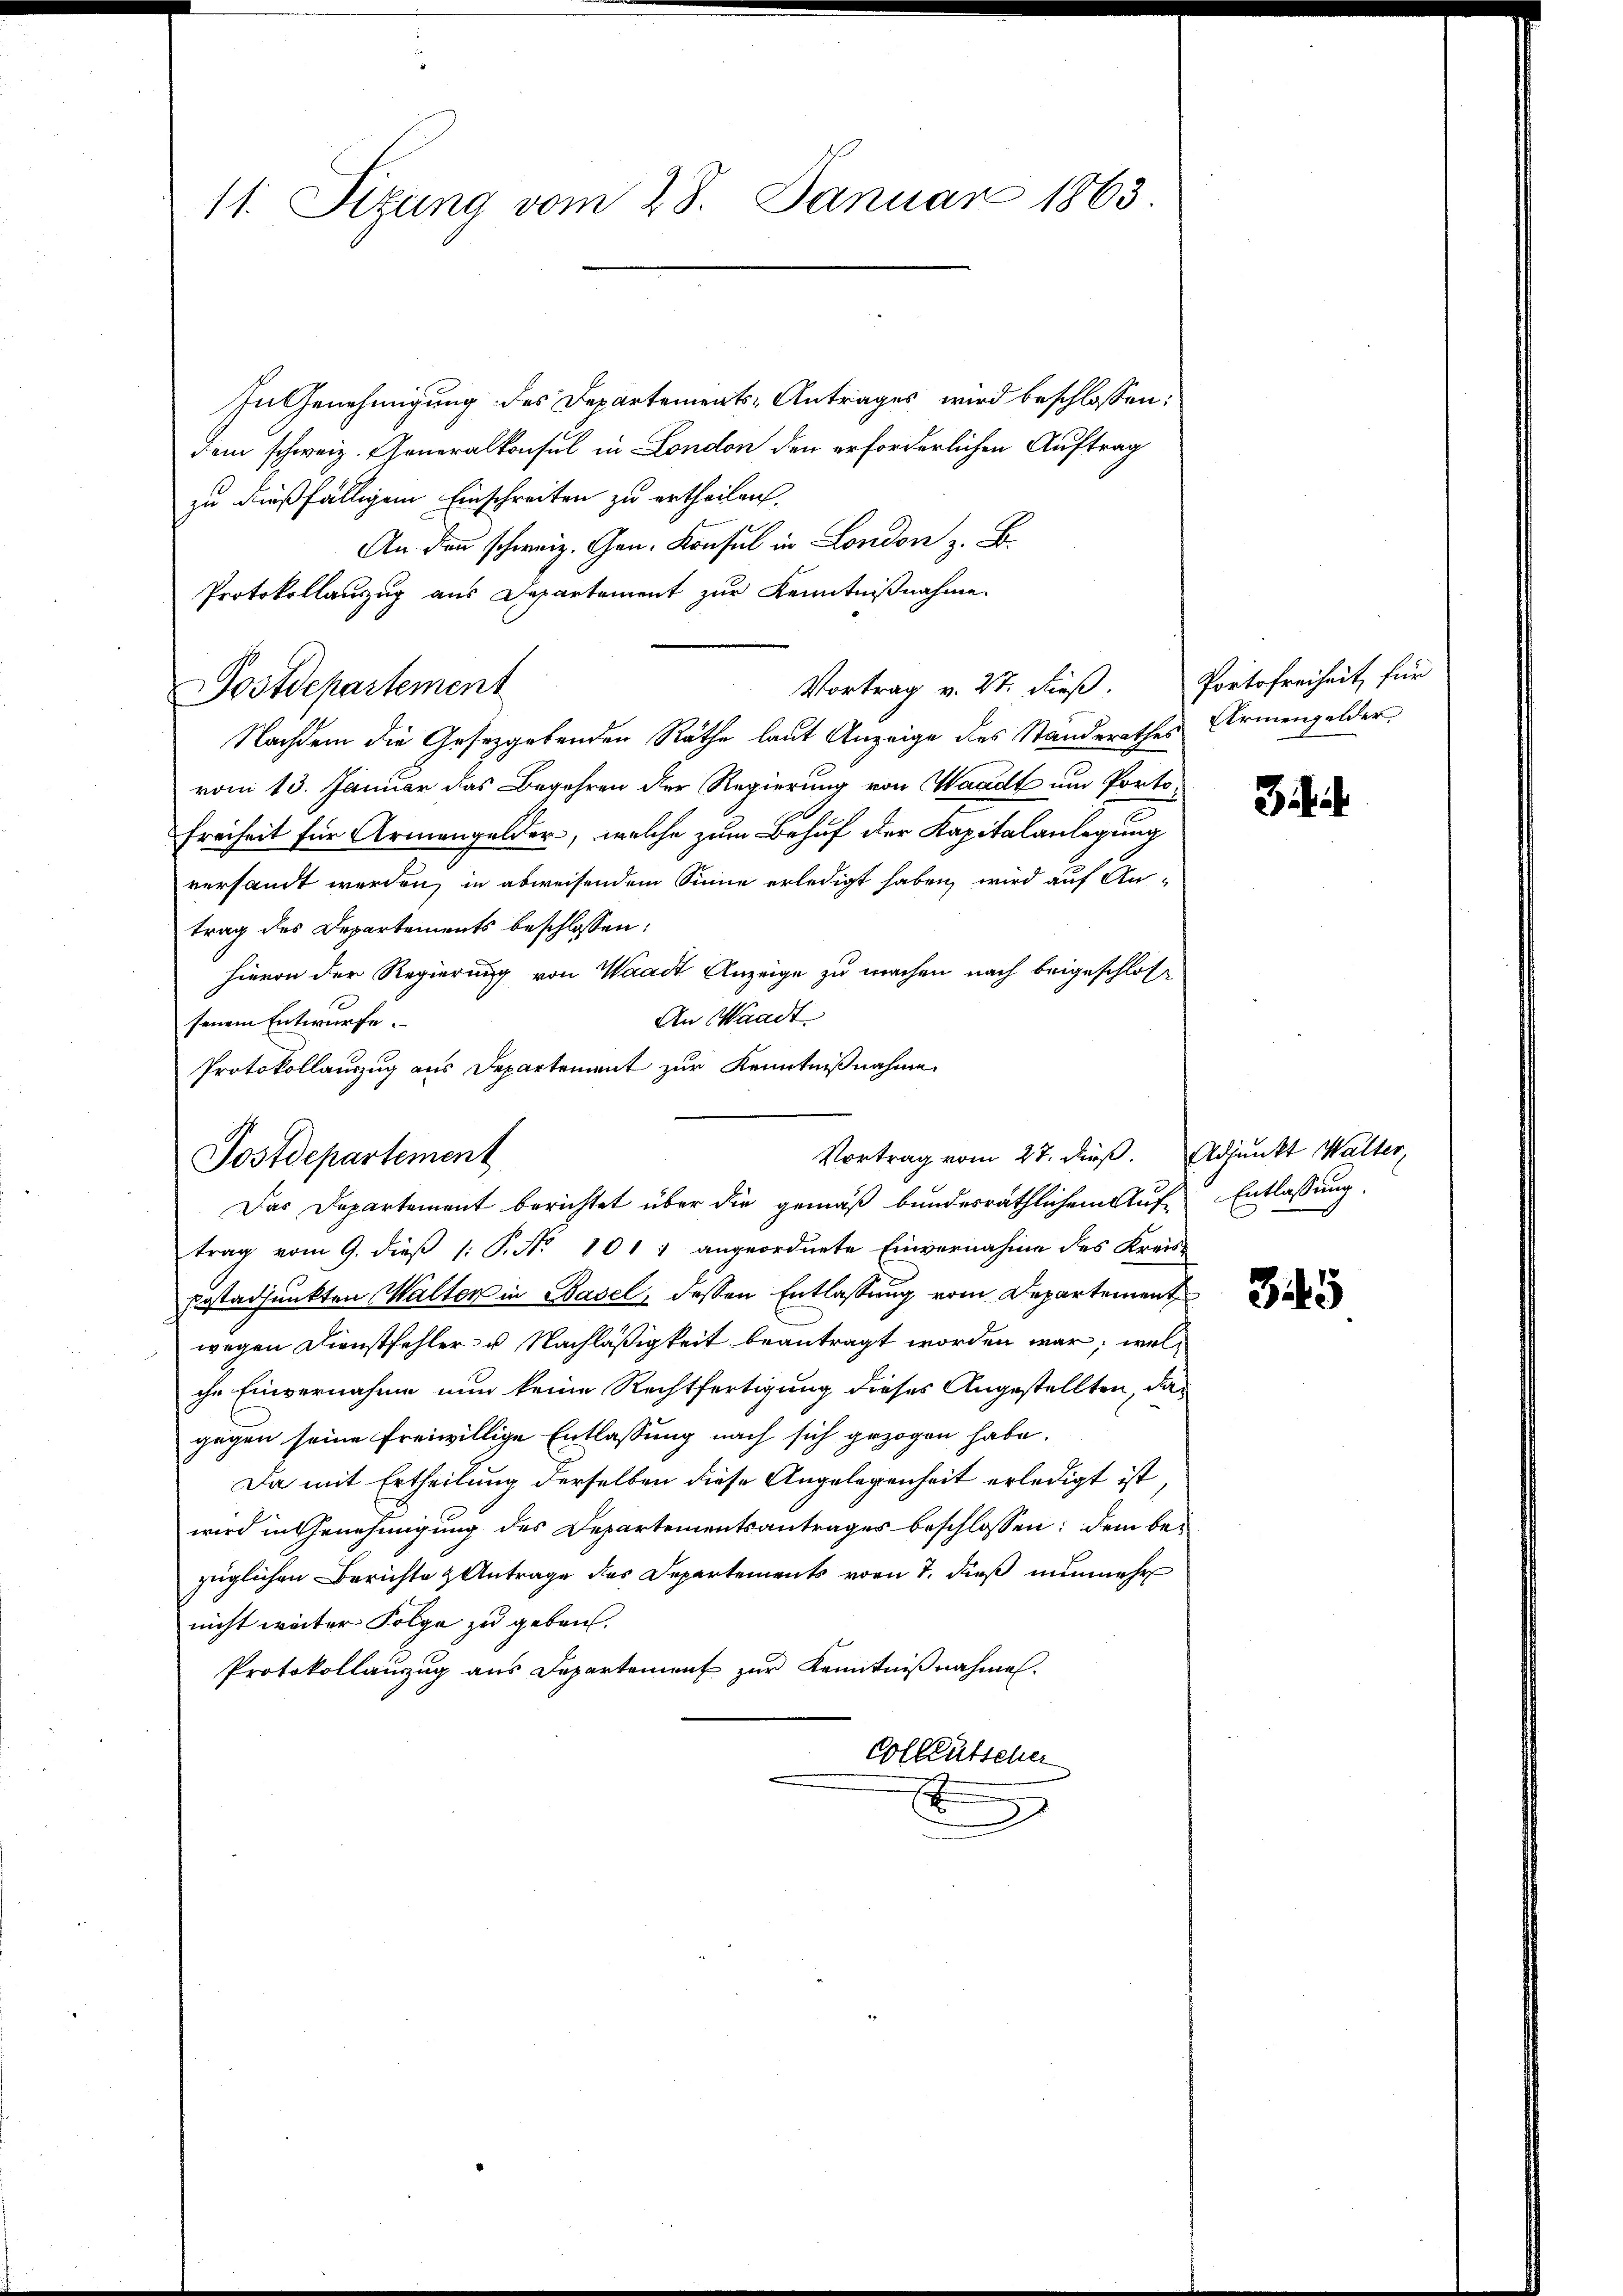
11. Sizung vom 28. Januar 1863.

Postdepartement

In Genehmigung des Departements-Antrages wird beschlossen:
dem schweiz. Generalkonsul in London den erforderlichen Auftrag
zu dießfälligem Einschreiten zu ertheilen.
An den schweiz. Gen. Konsul in London z. B.
Protokollanzug aus Departement zŭr Kenntniβnahme
Nachdem die Gesetzgebenden Räthe laut Anzeige des Standerathes Armengelder.
vom 13. Januar das Begehren der Regierung von Waadt und Porto
Freiheit für Armengelder, welche zum Behuf der Kapitalanlegung
versandt werden, in abweisendem Sinne erledigt haben, wird auf An-
trag des Departements beschlossen:
hievon der Regierung von Waadt Anzeige zu machen nach beigeschlos¬
An Waadt
senem Entwurfe.
Protokollauszug aus Departement zur Kenntnißnahme

Vortrag v. 27. dieß. Portofreiheit für

trag vom 9. dieß (: P. No 1017 angeordnete Einvernahme des Kreis-
Erstadjunkten Walter in Basel, dessen Entlassung vom Departement
wegen Dienstfehler u. Nachläßigkeit beantragt worden war, welche Einvernahme nun keine Rechtfertigung dieses Angestellten, dagegen seine freiwillige Entlassung nach sich gezogen habe.
Da mit Ertheilung derselben diese Angelegenheit erledigt ist,
wird in Genehmigung des Departementsantrages beschlossen: dem bezüglichen Berichte & Antrage des Departements vom 7. dieß nunmehr
nicht weiter Folge zu geben.
Protokollauszug aus Departement zur Kenntnißnahme.
Colleütscher

Vortrag vom 27. dieß. Adjunkt Walter,
Postdepartement
Das Departement berichtet über die gemäß bundesräthlichem Auf¬

3

Entlassung.

345